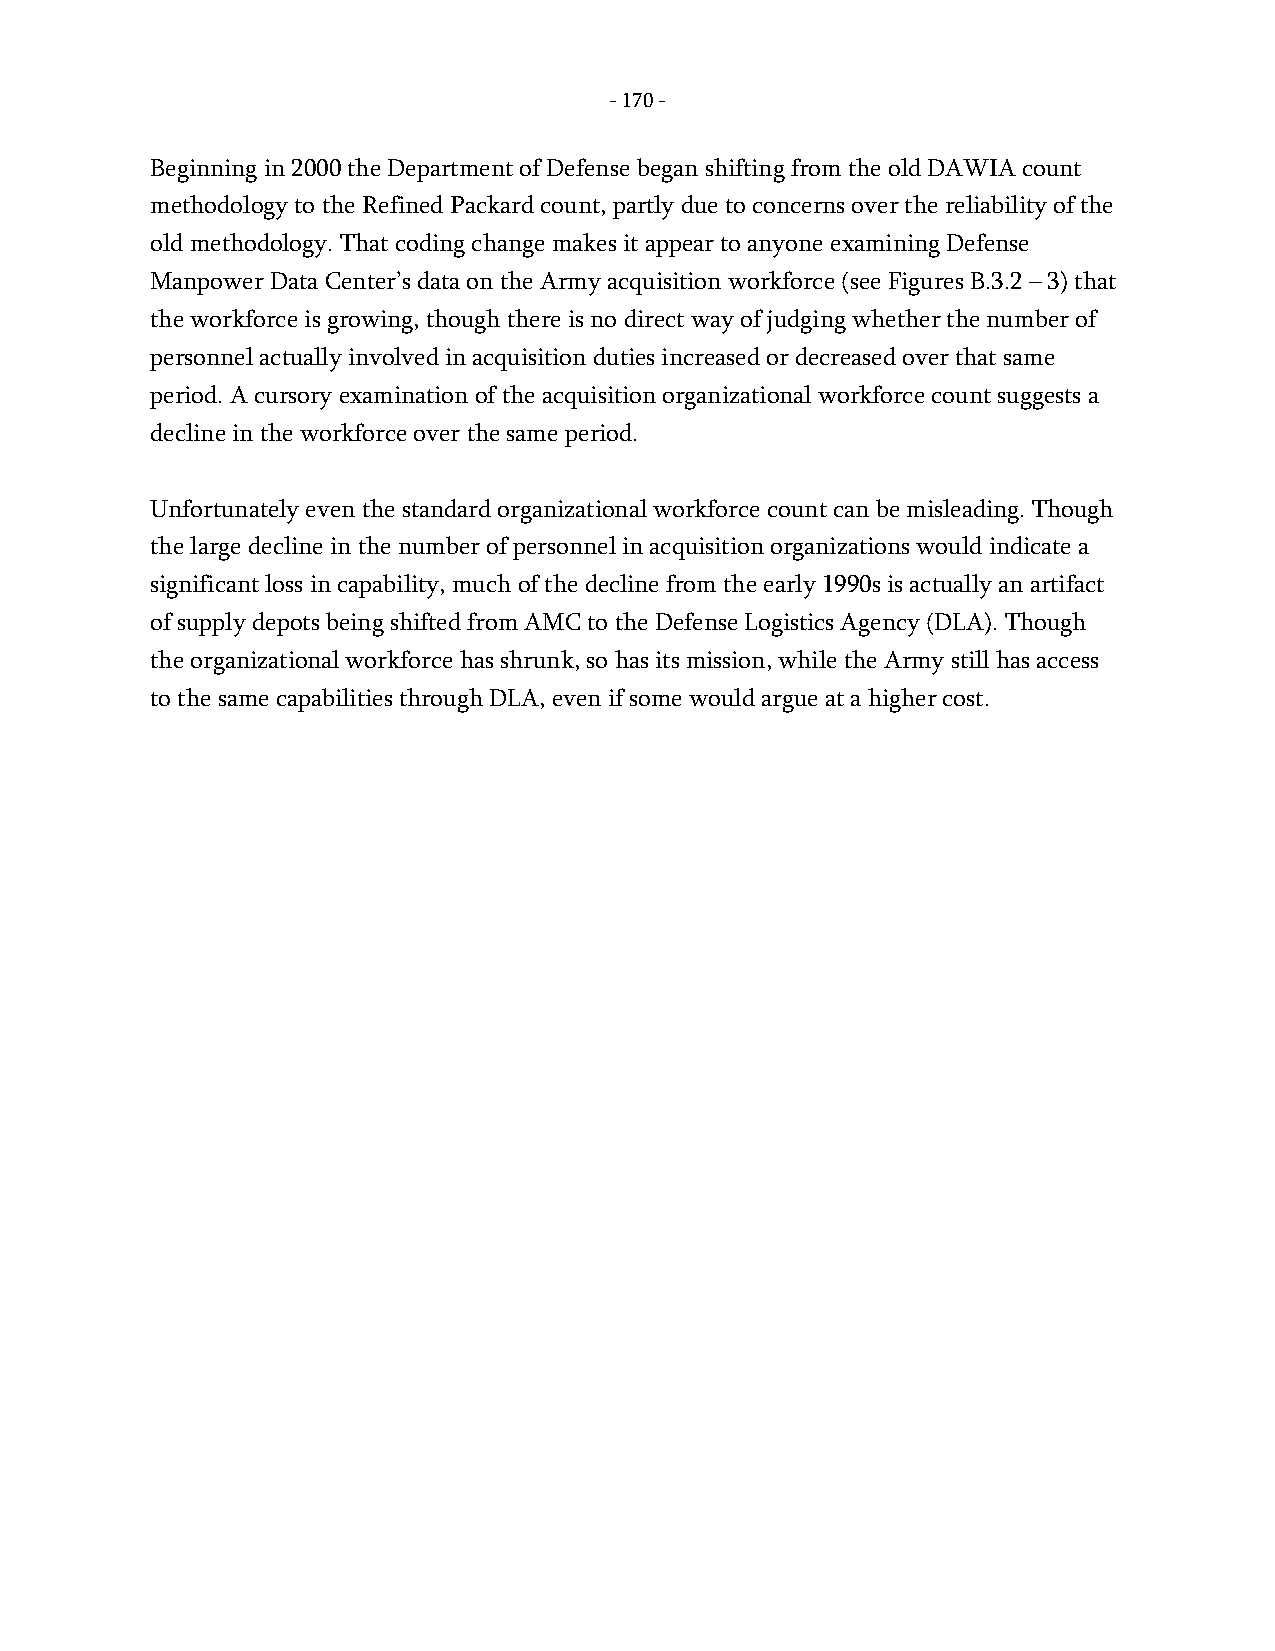
- 170 -
 Beginning in 2000 the Department of Defense began shifting from the old DAWIA count
 methodology to the Refined Packard count, partly due to concerns over the reliability of the
 old methodology. That coding change makes it appear to anyone examining Defense
 Manpower Data Center’s data on the Army acquisition workforce (see Figures B.3.2 – 3) that
 the workforce is growing, though there is no direct way of judging whether the number of
 personnel actually involved in acquisition duties increased or decreased over that same
 period. A cursory examination of the acquisition organizational workforce count suggests a
 decline in the workforce over the same period.
 Unfortunately even the standard organizational workforce count can be misleading. Though
 the large decline in the number of personnel in acquisition organizations would indicate a
 significant loss in capability, much of the decline from the early 1990s is actually an artifact
 of supply depots being shifted from AMC to the Defense Logistics Agency (DLA). Though
 the organizational workforce has shrunk, so has its mission, while the Army still has access
 to the same capabilities through DLA, even if some would argue at a higher cost.
 -
 170
 -